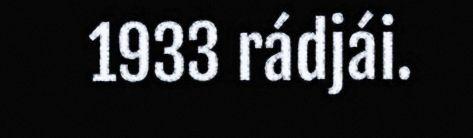
1933 rádjái.